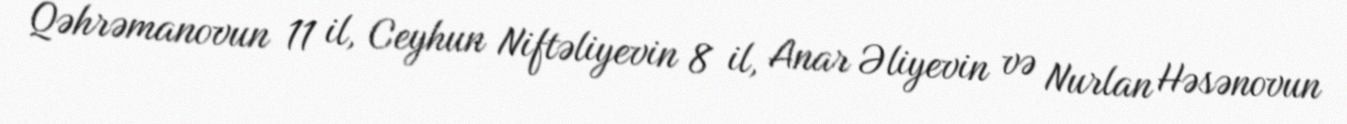
Qəhrəmanovun 11 il, Ceyhun Niftəliyevin 8 il, Anar Əliyevin və Nurlan Həsənovun